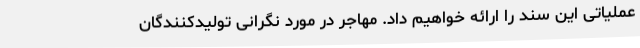
عملیاتی این سند را ارائه خواهیم داد. مهاجر در مورد نگرانی تولیدکنندگان